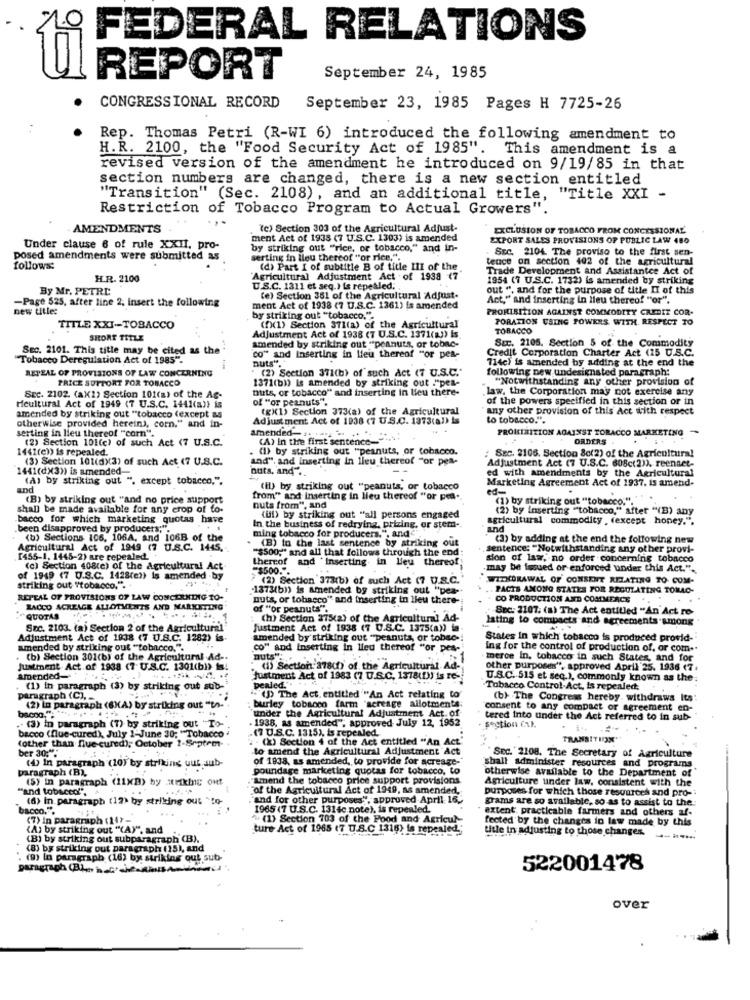
4º FEDERAL RELATIONS
REPORT
September 24, 1985
CONGRESSIONAL RECORD
September 23, 1985 Pages H 7725-26
Rep. Thomas Petri (R-WI 6) introduced the following amendment to
H.R. 2100, the "Food Security Act of 1985".
This amendment is a
revised version of the amendment he introduced on 9/19/85 in that
section numbers are changed, there is a new section entitled
"Transition" (Sec. 2108) , and an additional title, "Title XXI -
Restriction of Tobacco Program to Actual Growers".
AMENDMENTS
(c) Section 303 of the Agricultural Adjust.
EXCLUSION OF TOBACCO FROM CONCESSIONAL
ment Act of 1938 (7 U.S.C. 1303) is amended
EXPORT SALES PROVISIONS OF PUBLIC LAW 480
Under clause 6 of rule XXII, pro-
by striking out "rice, or tobacco," and in-
Stc. 2104. The proviso to the first sen-
posed amendments were submitted as
serting in lieu thereof "or rice.".
tence on section 402 of the agricultural
follows:
(d) Part I of subtitle B of title III of the
Trade Development and Assistantce Act of
H.R. 2100
Agricultural Adjustment Act of 1938
1954 (7 U.S.C. 1732) is amended by striking
By Mr. PETRE
U.S.C. 1311 et seq.) is repealed,
out ", and for the purpose of title II of this
(e) Section 351 of the Agricultural Adjust.
Act," and inserting in lieu thereof "or".
-Page 525, after line 2. insert the following
new title:
ment Act of 1938 (7 U.S.C. 1361) is amended
PROHIBITION AGAINST COMMODITY CREDIT COR-
by striking out "tobacco.".
PORATION USING POWERS WITH RESPECT TO
TITLE XXI -- TOBACCO
(f)(1) Section 371(a) of the Agricultural
TOBACCO
SHORT TITLE
Adjustment Act of 1938 (7 U.S.C. 1371(a)) Is
Suc. 2105. Section 5 of the Commodity
Sec. 2101. This title may be cited as the
amended by striking out "peanuts, or tobac-
Credit Corporation Charter Act (25 U.S.C.
Tobacco Deregulation Act of 1985".
co" and Inserting in lieu thereof "or pes-
714c) is amended by adding at the end the
REPEAL OF PROVISIONS OF LAW CONCERNING
nuts"."
(2) Section 371(b) of such Act (7 U.S.C."
following new undesignated paragraph:
PRICE SUPPORT FOR TOBACCO
1371(b)) is amended by striking out ""pes-
"Notwithstanding any other provision of
nuts, or tobacco" and inserting in lieu there-
law, the Corporation may not exercise any
SEc. 2102. (aX2> Section 101(a) of the Ag-
of "or peanuts".
of the powers specified in this section or in
Heultural Act of 1949 (7 U.S.C. 1441(a)) is
(g)(1) Section 373(a) of the Agricultural
any other provision of this Act with respect
amended by striking out "tobacco (except as
Adjust ment Act of 1938 (7 U.S.C. 1373(a)) is
to tobacco.".
otherwise provided herein), com." and in-
serting in lieu thereof "corn".
amended-
PROHIBITION AGAINST TOBACCO MARKETING
(2) Section 101(c) of such Act (7 U.S.C.
(A) In the first sentence_
ORDERS
1441(e)) is repealed.
(1) by striking out "peanuts, or tobacco.
(3) Section 101(0X3) of such Act (7 U.S.C.
and", and inserting in lieu thereof "or pea-
: SEC. 2106. Section 8o(2) of the Agricultural
1441(dX3)) is amended
nuts, and".
Adjustment Act (7 U.S.C. 608c(2)). reenact-
(A) by striking out "
t ". except tobacco.".
ed with amendments by the Agricultural
Marketing Agreement Act of 1937. is amend-
and
(i) by striking out "peanuts, or tobacco
ed-
(B) by striking out "and no price support
from" and inserting in lieu thereof "or pra-
(1) by striking out "tobacco.".
shall be made available for any crop of fo-
nuts from", and
(2) by Inserting "tobacco," after "(B) any
bacco for which marketing quotas have
(ul) by striking out "all persons engaged
agricultural commodity , (except honey.".
.been disapproved by producers;".
In the business of redrying, prizing, or stem -.
and
(b) Sections 106, 106A, and 106B of the
ming tobacco for producers.", and
(B) In the last sentence by striking out
(3) by adding at the end the following new
Agricultural Act of 1949 (7 U.S.C. 1445.
"$500;" and all that follows through the end:
sentence: "Notwithstanding any other provi-
[455-1, 1445-2) are repealed.
thereof and 'Inserting in lieu thereof
sion of law, no order concerning tobacco
(c) Section 408(e) of the Agricultural Act
$500.".
-may be issued or enforced under this Act.".
of 1949 (7 U.S.C. 1428(e)) is amended .by
(2) Section 373(b) of such Act (7 U.S.C.
WITHDRAWAL OF' CONSENT RELATING TO. COM-
striking out "tobacco." ..
1373(b)) is amended by striking out "pea-
PACTS AMONG STATES FOR REGULATING TOMAC-
REPEAL OF PROVISIONS OF LAW CONCERNING TO-
nuts, or tobacco" and inserting in lieu there-
CO PRODUCTION AND COMMERCE
RACCO ACREAGE ALLOTMENTS AND MARKETING
of "or peanuts".
Snc: 2107. (a) The Act entitled "An Act re
QUOTAS
TÍM
(h) Section 375(2) of the Agricultural Ad-
lating to compacts and agreements among
Sac. 2103. (a) Section 2 of the Agricultural
Justment Act of 1938 (7 U.S.C. 1375(a)) is
Adjustment Act of 1938 (7 U.S.C. 1282)
amended by'striking out "peanuts, or tobsc-
States In which tobacco is produced provid-
amended by striking out ""tobacco.".
co" and Inserting in lieu thereof "or pes
ing for the control of production of, or com-
(b) Section 301(b) of the Agricultural Ad -.
nuts"
merce In, tobacco in such States, and for
Justment Act of 1938 (7 U.S.C. 1301(b)) is
() Section 378c) of the Agricultural Ad-
other purposes", approved April 25. 1936 (7.
amended-
Justment Act of 1983 (7 U.S.C. 1378(!)) is re-
U.S.C. 515 et seq.), commonly known as the
(1) in paragraph (3) by striking out sub-
penled .**
Tobacco Control-Act, Is repealed;
paragraph (C), _
- UD The Act, entitled "An Act relating to
burley tobacon farm "acreage allotments:
(b)- The Congress hereby. withdraws Its
bacon.": **...
(2) In paragraph (6XA) by striking out "to-
under the Agricultural Adjustment Act. of
consent to any compact or agreement en-
.- (3) in paragraph (7) by striking out "To-
1938, as amended", approved- July 12, 1952
tered into under the Act referred to in sub-
(7 U.S.C. 1315), is repealed.
section (x).
bacco (flue-cured), July 1-June 30; "Tobacco
(other than Que cured), October 2-Septem
(X) Section 4 of the Act entitled "An Act'
TRANSITION"
to amend the Agricultural Adjustment Act
ber 30:":
(4) In paragraph (10) by striking uur sub-
of 1838, as amended, to provide for acreage-"
shall administer resources and programs
SEc.' 2108. The Secretary of Agriculture
paragraph (B),
poundage marketing quotas for tobacco, to
otherwise available to the Department of
(5) in paragraph (11XB) by urikinc ont
amend the tobacco price support provisions
Agriculture under law, consistent with the
"and tobaced".
of the Agricultural Act of 1949, as amended,
purposes for which those resources and pro-
(6) in paragraph (12) by striking out "to-
and for other purposes". approved April 16.
grams are so available, so as to assist to the:
bacco.".
1965 (7 U.S.C. 1314c note), is repealed.
extent practicable farmers and others af-
(7) In paragraph (11} -
(1) Section 703 of the Food and Agricul-
fected by the changes in law made by this
(A) by striking out "(A)", and
ture Act of 1965 (7 U.S.C 1316) is repealed."
title in adjusting to those changes.
(B) by striking out subparagraph (B).
(8) bx striking out paragraph (15), and
(9) In paragraph (16) by striking out sub-
paragraph (Bien C'
522001478
over